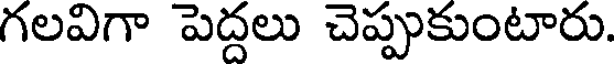
గలవిగా పెద్దలు చెప్పుకుంటారు.